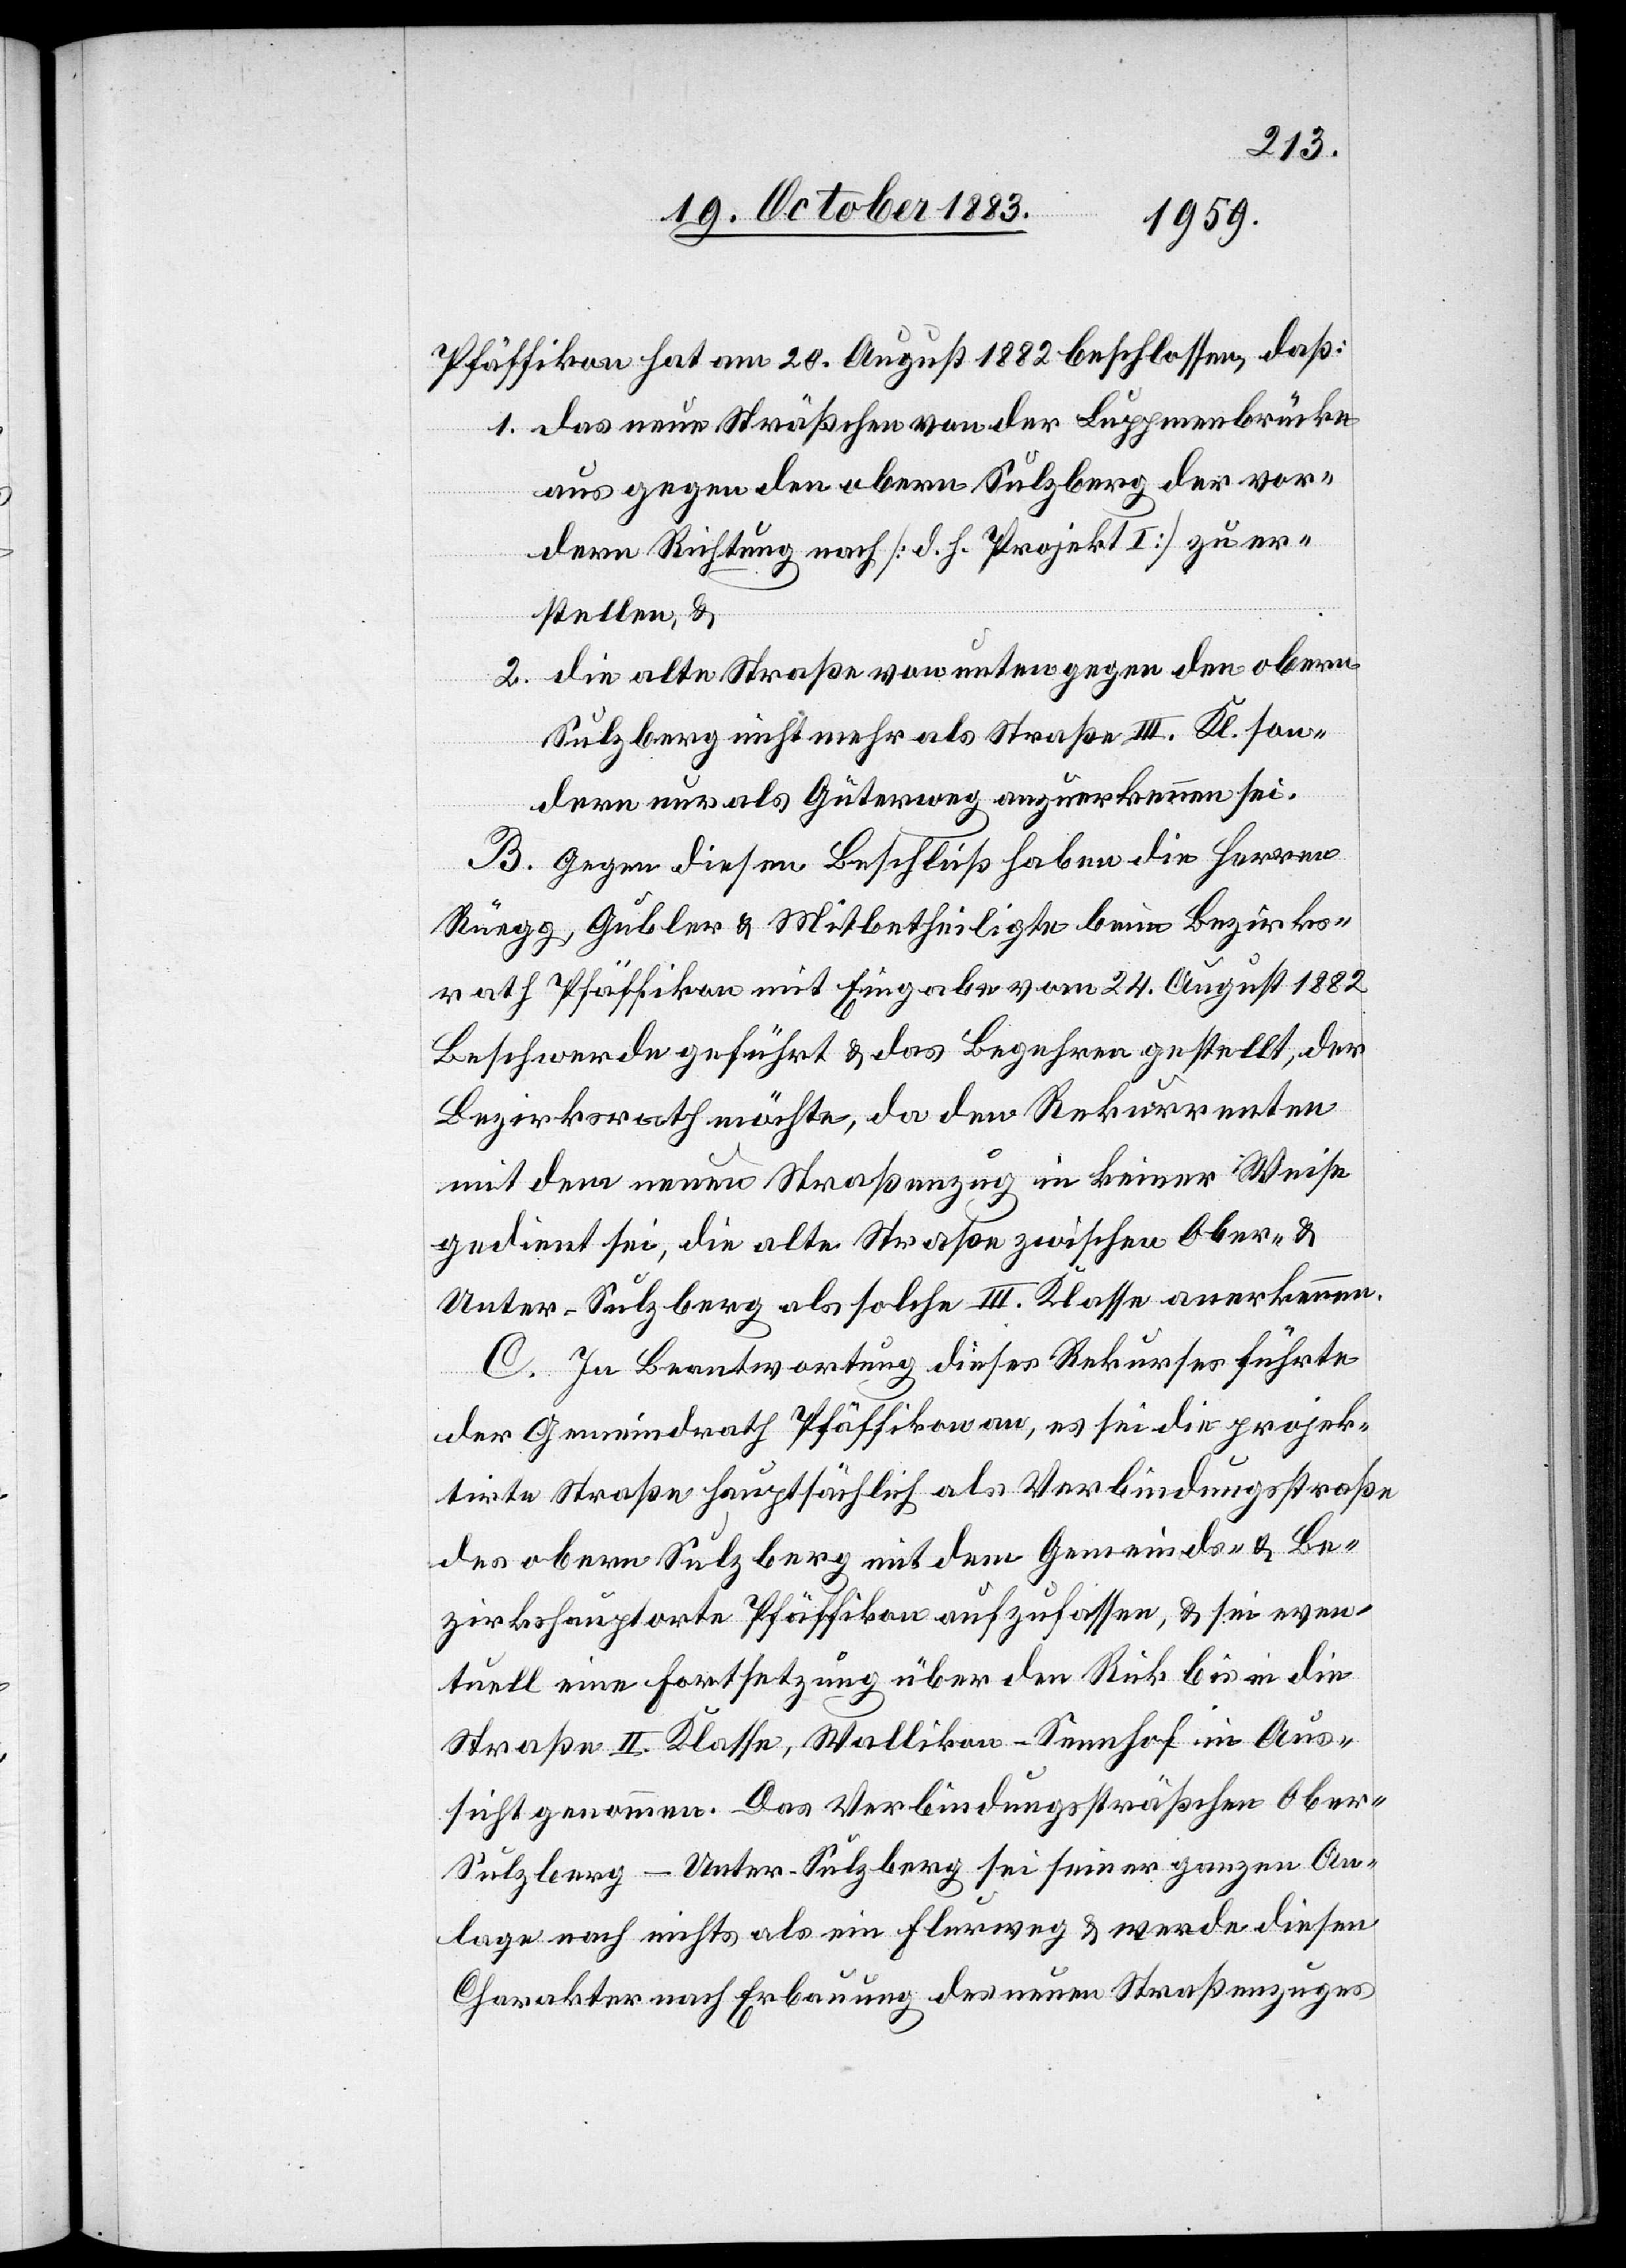
Pfäffikon hat am 20. August 1882 beschossen, daß:
1. das neue Sträßchen von der Luppmenbrücke
aus gegen den obern Sulzberg der vor¬
dern Richtung nach [d. h. Projekt I] zu er¬
stellen, &
2. die alte Straße von unten gegen den obern
Sulzberg nicht mehr als Straße III. Kl. son¬
dern nur als Güterweg anzuerkennen sei.
B. Gegen diesen Beschluß haben die Herren
Rüegg, Gubler & Mitbetheiligte beim Bezirks¬
rath Pfäffikon mit Eingabe vom 24. August 1882
Beschwerde geführt & das Begehren gestellt, der
Bezirksrath möchte, da den Rekurrenten
mit dem neuen Straßenzug in keiner Weise
gedient sei, die alte Straße zwischen Ober- &
Unter-Sulzberg als solche III. Klasse anerkennen.
C. In Beantwortung dieses Rekurses führte
der Gemeindrath Pfäffikon an, es sei die projek¬
tirte Straße hauptsächlich als Verbindungsstraße
des obern Sulzberg mit dem Gemeinds- & Be¬
zirkshauptorte Pfäffikon aufzufassen, & sei even¬
tuell eine Fortsetzung über den Rick bis in die
Straße II.Klasse, Wallikon–Sennhof in Aus¬
sicht genommen. Das Verbindungssträßchen Obe¬
r-Sulzberg–Unter-Sulzberg sei seiner ganzen An¬
lage nach nichts als ein Flurweg & werde diesen
Charakter nach Erbauung des neuen Straßenzuges